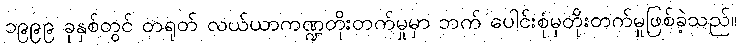
၁၉၉၉ ခုနှစ်တွင် တရုတ် လယ်ယာကဏ္ဍတိုးတက်မှုမှာ ဘက် ပေါင်းစုံမှတိုးတက်မှုဖြစ်ခဲ့သည်။